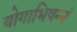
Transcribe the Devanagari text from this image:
योगाभिषन्नं